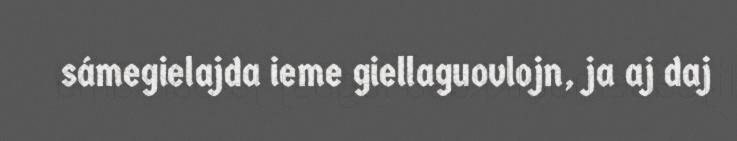
sámegielajda ieme giellaguovlojn, ja aj daj